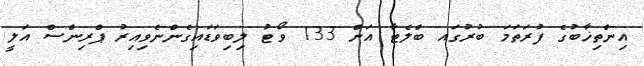
އިންތިޚާބުގެ ފުރަތަމަ ބުރުގައ ބްލެޓާ އަށް 133 ވޯޓު ލިބިވަޑައިގެންނެވިއިރު ޕްރިންސް އަލީ